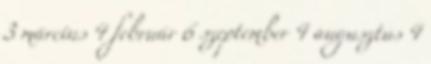
3 március 4 február 6 szeptember 4 augusztus 4